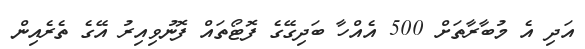
އަދި އެ މުބާރާތަށް 500 އެއްހާ ބަދިގޭގެ ފޮޓޯތައް ފޮނުވިއިރު އޭގެ ތެރެއިން